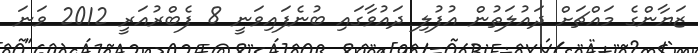
ޒަޔާންގެ މައްޗަށް ދައުލަތުން އުފުލި ދައުވާގައި ބުނެފައިވަނީ 8 ފެބްރުއަރީ 2012 ވަނަ